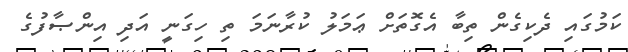
ކަމުގައި ދެކިގެން ތިބާ އެގޮތަށް ޢަމަލު ކުރާނަމަ ތި ހިގަނީ އަދި އިންޞާފުގެ